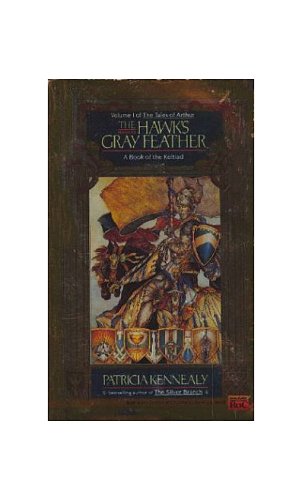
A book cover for The Hawk's Gray Feather (Keltiad); Patricia Kennealy; Science Fiction & Fantasy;